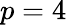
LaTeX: p=4